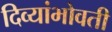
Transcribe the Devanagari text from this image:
दिव्यांभोवती